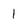
Character: 1